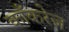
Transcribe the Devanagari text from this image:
काँकरेज